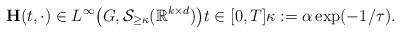
LaTeX: \begin{align*}\mathbf{H}(t, \cdot) \in L^{\infty}\big(G, \mathcal{S}_{\geq \kappa}(\mathbb{R}^{k \times d})\big) t \in [0, T] \kappa := \alpha \exp(-1/\tau). \end{align*}